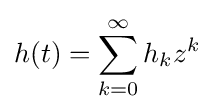
h(t)=\sum _{k=0}^{\infty }h_{k}z^{k}